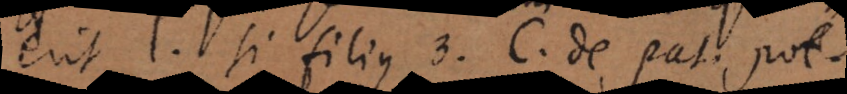
voluerit l. si filius 3. C. de patria